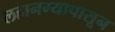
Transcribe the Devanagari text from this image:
लहानग्यापासून